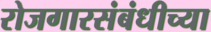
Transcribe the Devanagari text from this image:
रोजगारसंबंधीच्या